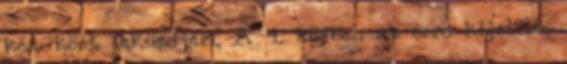
két kört leküzdjem. A 4. körben az erre kijelölt,